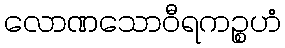
လောဏသောဝီရကဉ္စဟံ